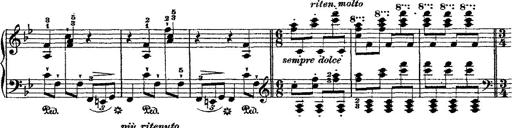
Title: Fantaisie romantique sur deux mÃ©lodies suisses
Composer: Franz Liszt